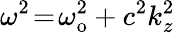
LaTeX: \omega^{2}\! =\! \omega_{\mathrm{o}}^{2}+c^{2}k_{z}^{2}